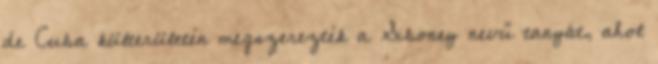
de Cuba külterületén megszerezték a Siboney nevű tanyát, ahol